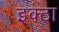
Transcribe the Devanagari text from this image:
इक्ठा